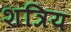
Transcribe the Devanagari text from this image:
शत्रिय